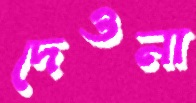
দেওনা